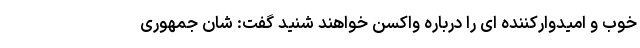
خوب و امیدوارکننده ای را درباره واکسن خواهند شنید گفت: شان جمهوری